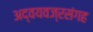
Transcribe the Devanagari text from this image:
अद्वयवज्रसंगह